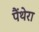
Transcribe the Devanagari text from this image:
पैंथेरा